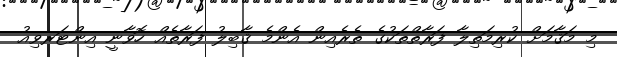
މި މަޤާމަށް ކުރިމަތިލާ ފަރާތްތަކުގެ ތެރެއިން އެންމެ ޤާބިލު ފަރާތެއް ހޮވާނީ އިންޓަރވިއު